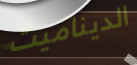
الديناميت